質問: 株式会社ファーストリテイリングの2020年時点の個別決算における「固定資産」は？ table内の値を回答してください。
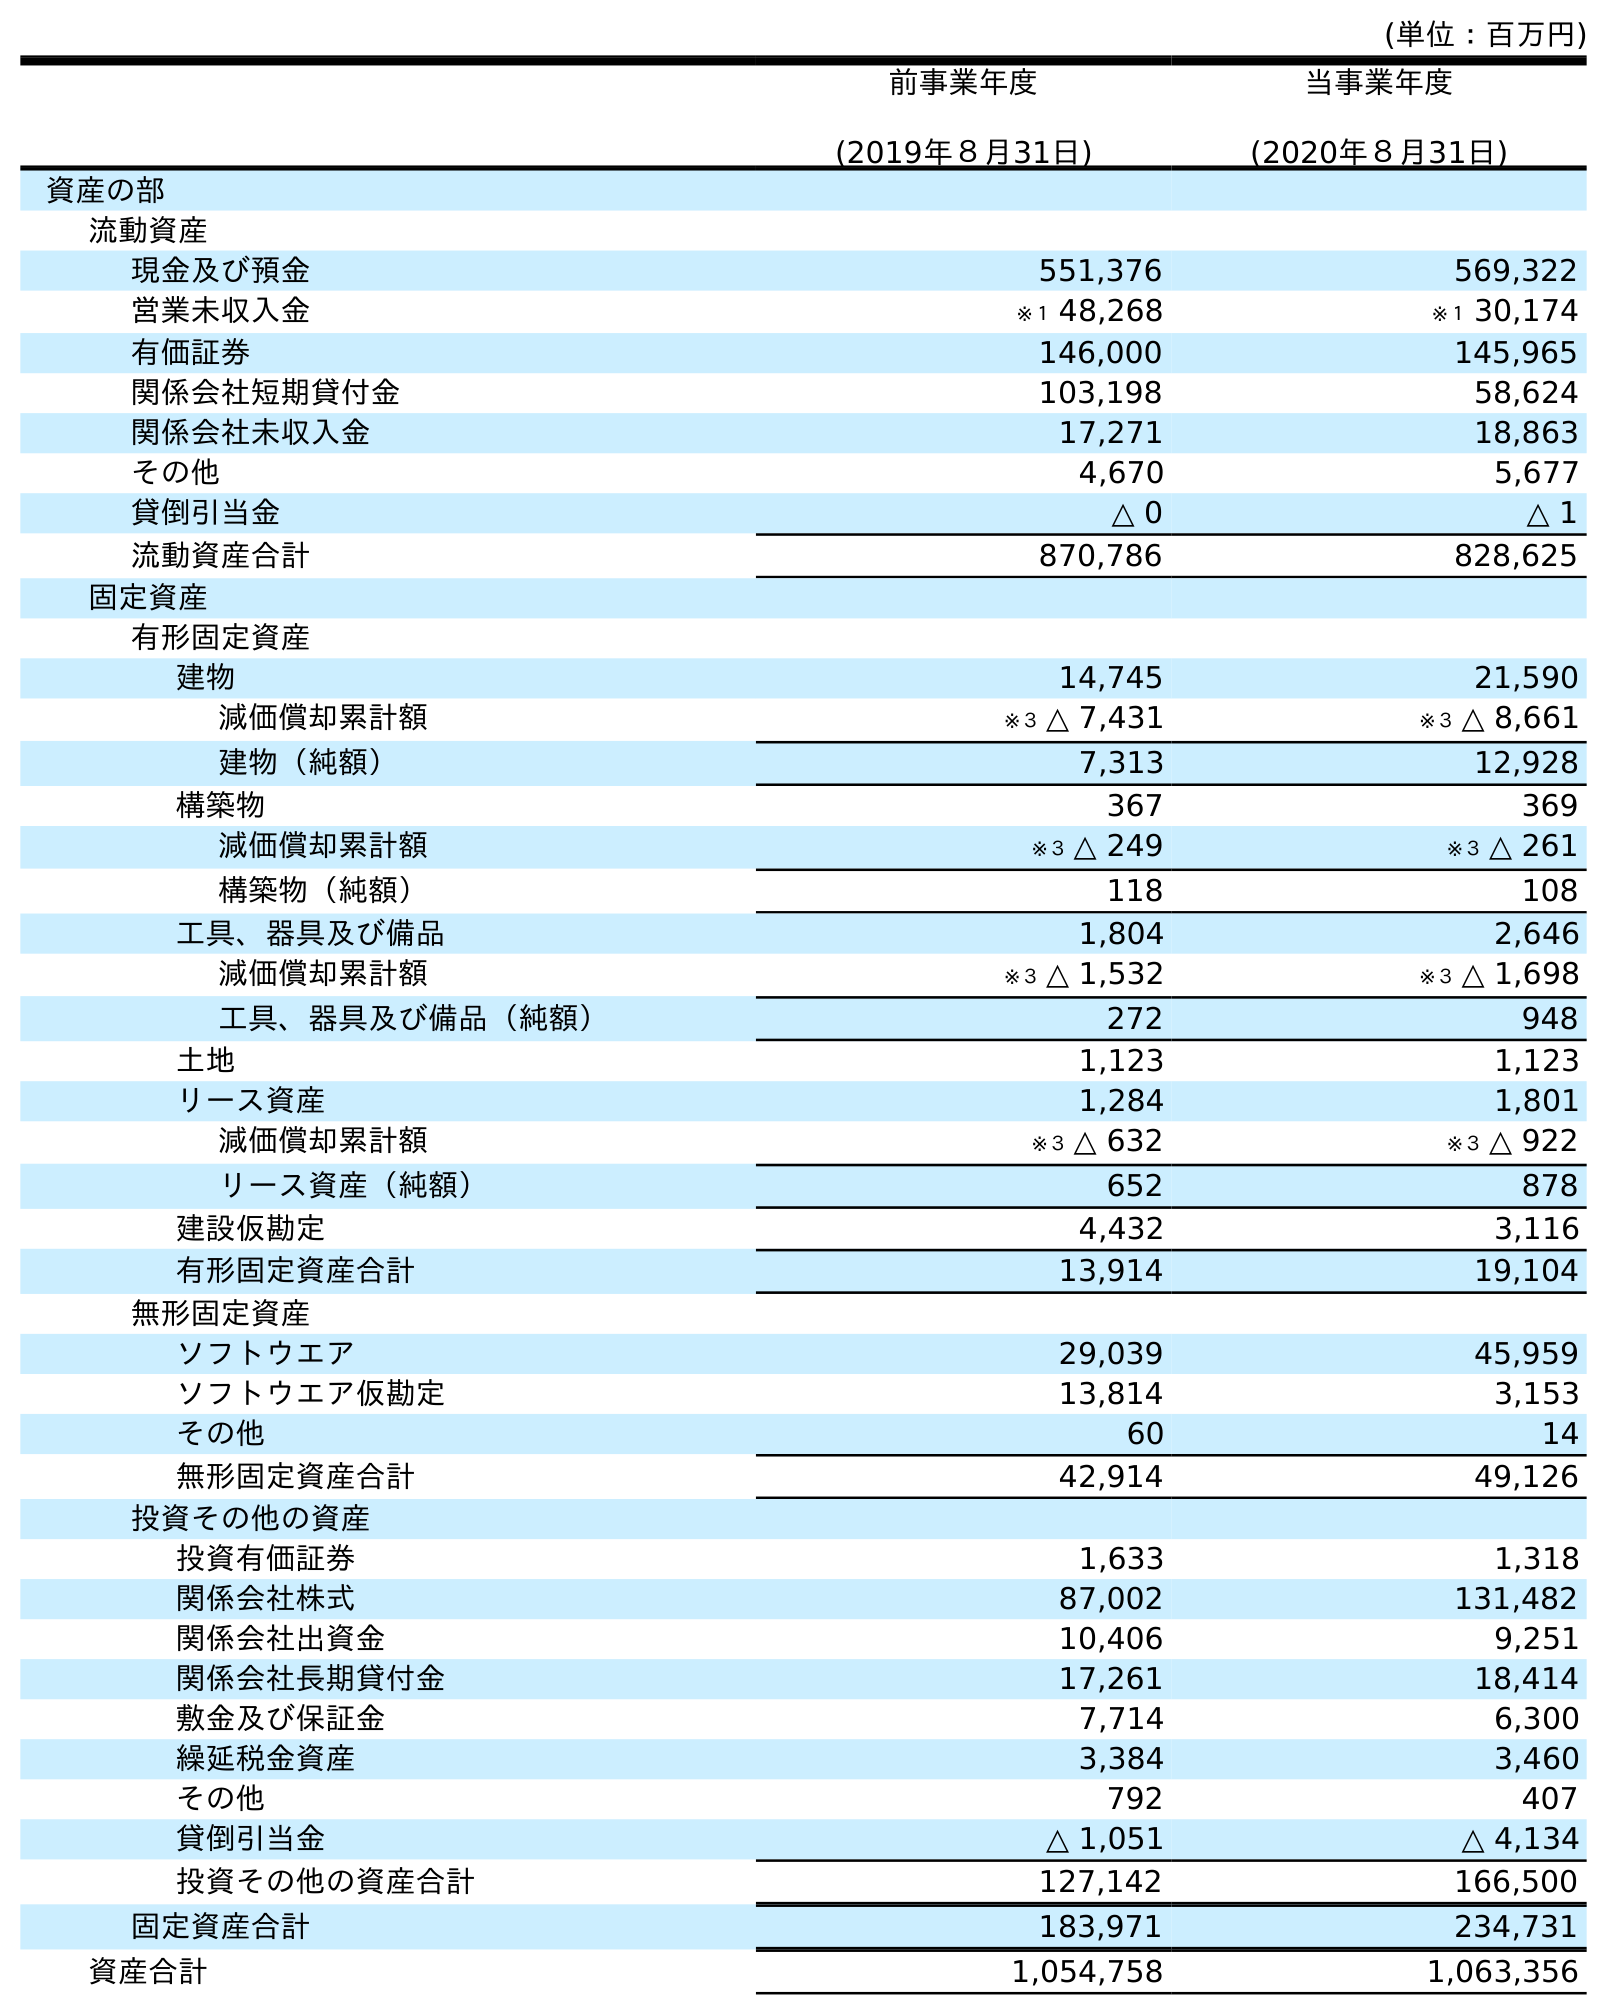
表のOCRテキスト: (単位：百万円) 前事業年度 (2019年８月31日) 当事業年度 (2020年８月31日) 資産の部 流動資産 現金及び預金 551,376 569,322 営業未収入金 ※１ 48,268 ※１ 30,174 有価証券 146,000 145,965 関係会社短期貸付金 103,198 58,624 関係会社未収入金 17,271 18,863 その他 4,670 5,677 貸倒引当金 △ 0 △ 1 流動資産合計 870,786 828,625 固定資産 有形固定資産 建物 14,745 21,590 減価償却累計額 ※３ △ 7,431 ※３ △ 8,661 建物（純額） 7,313 12,928 構築物 367 369 減価償却累計額 ※３ △ 249 ※３ △ 261 構築物（純額） 118 108 工具、器具及び備品 1,804 2,646 減価償却累計額 ※３ △ 1,532 ※３ △ 1,698 工具、器具及び備品（純額） 272 948 土地 1,123 1,123 リース資産 1,284 1,801 減価償却累計額 ※３ △ 632 ※３ △ 922 リース資産（純額） 652 878 建設仮勘定 4,432 3,116 有形固定資産合計 13,914 19,104 無形固定資産 ソフトウエア 29,039 45,959 ソフトウエア仮勘定 13,814 3,153 その他 60 14 無形固定資産合計 42,914 49,126 投資その他の資産 投資有価証券 1,633 1,318 関係会社株式 87,002 131,482 関係会社出資金 10,406 9,251 関係会社長期貸付金 17,261 18,414 敷金及び保証金 7,714 6,300 繰延税金資産 3,384 3,460 その他 792 407 貸倒引当金 △ 1,051 △ 4,134 投資その他の資産合計 127,142 166,500 固定資産合計 183,971 234,731 資産合計 1,054,758 1,063,356
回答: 234,731